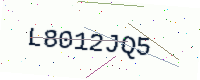
Text: L8012JQ5